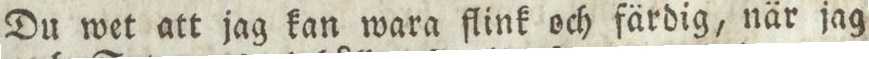
Du wet att jag kan wara flink och färdig, när jag